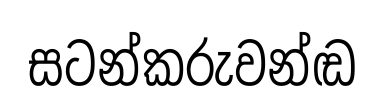
සටන්කරුවන්ඬ